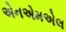
એનએમએલ